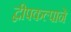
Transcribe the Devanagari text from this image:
द्वीपकल्पाने